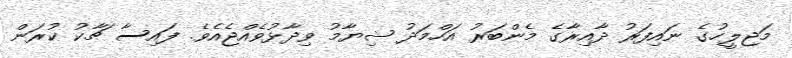
މަޖިލީހުގެ ނައިފަރު ދާއިރާގެ މެންބަރު އަހްމަދު ޝިޔާމު ވިދާޅުވެއްޖެއެވެ. ފައިސާ ޗާކު ކުރަން